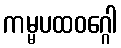
ကမ္မပထဝဂ္ဂေါ